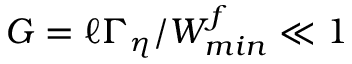
G = \ell \Gamma _ { \eta } / W _ { m i n } ^ { f } \ll 1